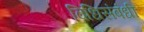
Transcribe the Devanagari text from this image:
विधिसंबंधी